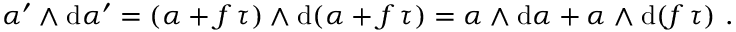
\begin{array} { r } { \alpha ^ { \prime } \wedge \mathrm { d } \alpha ^ { \prime } = ( \alpha + f \, \tau ) \wedge \mathrm { d } ( \alpha + f \, \tau ) = \alpha \wedge \mathrm { d } \alpha + \alpha \wedge \mathrm { d } ( f \, \tau ) \ . } \end{array}